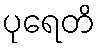
ပုရေတိ